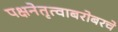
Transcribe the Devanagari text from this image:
पक्षनेतृत्वाबरोबरचे